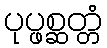
ပုပ္ဖစ္ဆတ္တံ